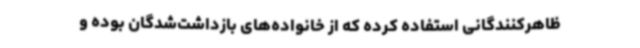
ظاهرکنندگانی استفاده کرده که از خانواده‌های بازداشت‌شدگان بوده و